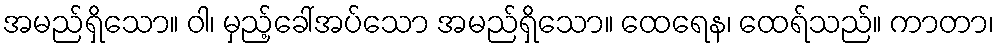
အမည်ရှိသော။ ဝါ၊ မှည့်ခေါ်အပ်သော အမည်ရှိသော။ ထေရေန၊ ထေရ်သည်။ ကာတာ၊